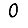
Digit: 0